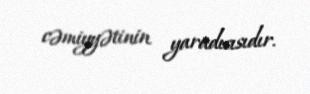
cəmiyyətinin yaradıcısıdır.